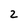
Character: 2